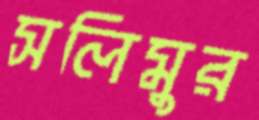
সলিমুর